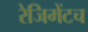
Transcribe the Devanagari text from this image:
रेजिमेंटच